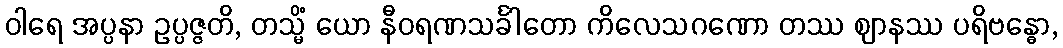
ဝါရေ အပ္ပနာ ဥပ္ပဇ္ဇတိ, တသ္မိံ ယော နီဝရဏသင်္ခါတော ကိလေသဂဏော တဿ ဈာနဿ ပရိဗန္ဓော,